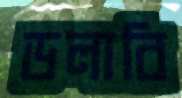
ডলাবি